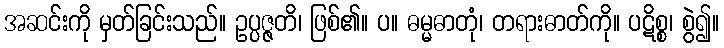
အဆင်းကို မှတ်ခြင်းသည်။ ဥပ္ပဇ္ဇတိ၊ ဖြစ်၏။ ပ။ ဓမ္မဓာတုံ၊ တရားဓာတ်ကို။ ပဋိစ္စ၊ စွဲ၍။